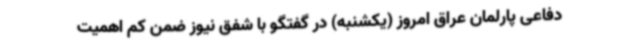
دفاعی پارلمان عراق امروز (یکشنبه) در گفتگو با شفق نیوز ضمن کم اهمیت